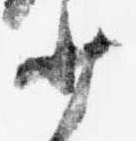
少